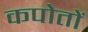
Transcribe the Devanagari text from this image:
कपोतों